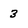
Character: 3